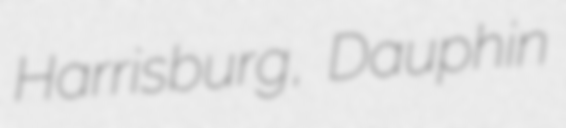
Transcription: Harrisburg, Dauphin